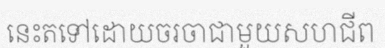
នេះតទៅដោយចរចាជាមួយសហជីព